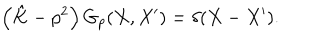
\left( \hat { K } - p ^ { 2 } \right) G _ { p } ( X , X ^ { \prime } ) = \delta ( X - X ^ { \prime } ) .